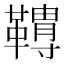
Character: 𩍌